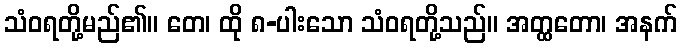
သံဝရတို့မည်၏။ တေ၊ ထို ၈-ပါးသော သံဝရတို့သည်။ အတ္ထတော၊ အနက်